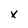
Character: x